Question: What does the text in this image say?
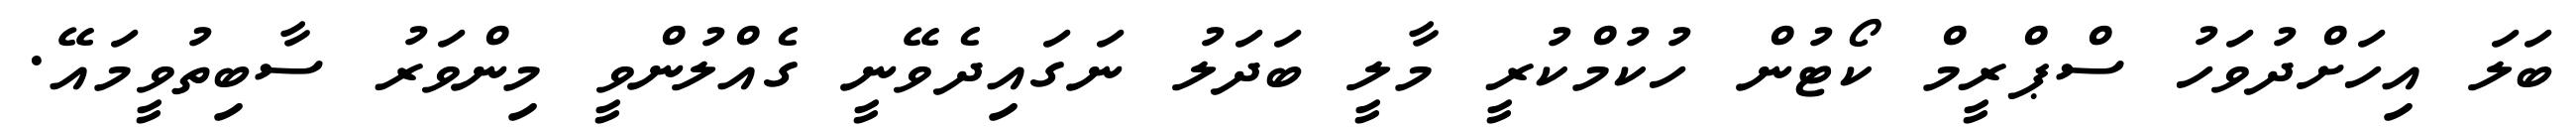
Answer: ބަލަ އިހަށްދުވަހު ސްޕްރީމް ކޯޓުން ހުކުމްކުރީ މާލީ ބަދަލު ނަގައިދެވޭނީ ގެއްލުންވީ މިންވަރު ސާބިތުވީމައޭ.